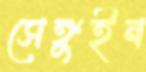
সেঙ্গুইন